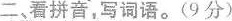
二 ，看拼背，写词语。(9分)